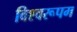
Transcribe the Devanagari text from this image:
विश्‍वरूपम